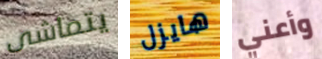
يتماشى هايزل وأعني